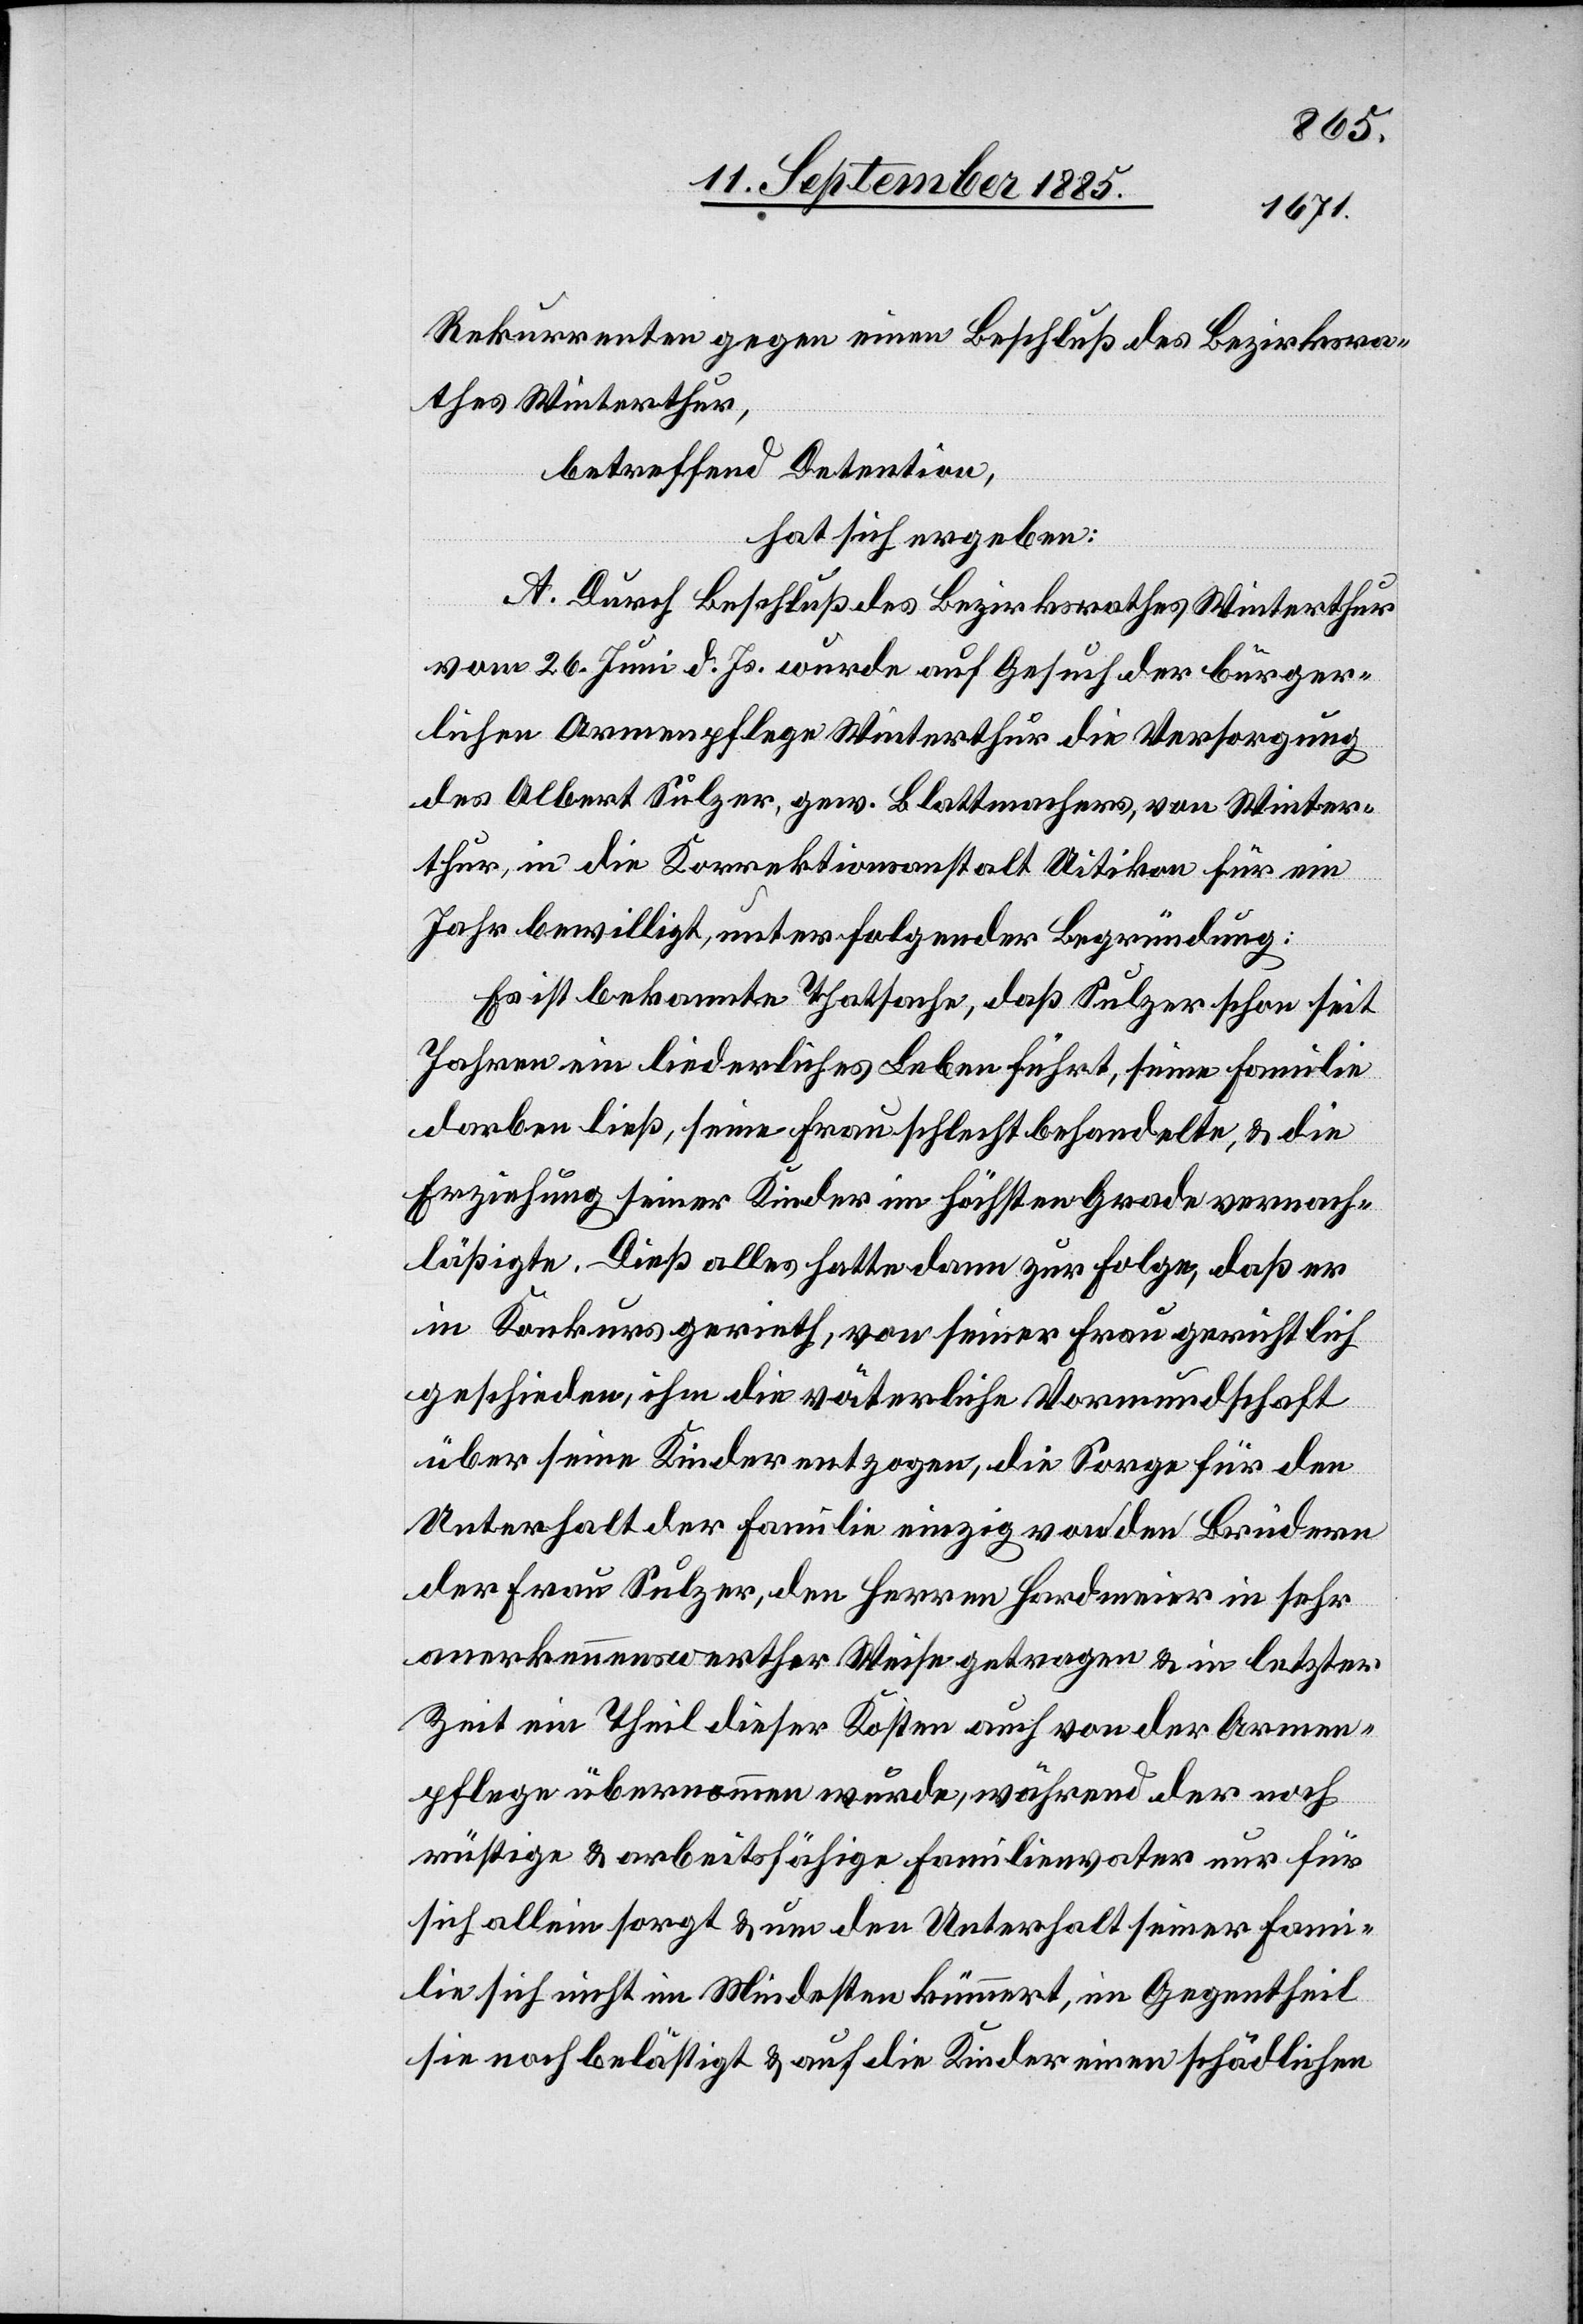
Rekurrenten gegen einen Beschluß des Bezirksra¬
thes Winterthurs,
betreffend Detention,
hat sich ergeben:
A. Durch Beschluß des Bezirksrathes Winterthur
vom 26. Juni d. Js. wurde auf Gesuch der bürger¬
lichen Armenpflege Winterthur die Versorgung
des Albert Sulzer, gew. Blattmachers, von Winter¬
thur, in die Korrektionsanstalt Uitikon für ein
Jahr bewilligt, unter folgender Begründung:
Es ist bekannte Thatsache, daß Sulzer schon seit
Jahren ein liederliches Leben führt, seine Familie
darben ließ, seine Frau schlecht behandelte, & die
Erziehung seiner Kinder im höchsten Grade vernach¬
läßigte. Dieß alles hatte dann zur Folge, daß er
in Konkurs gerieth, von seiner Frau gerichtlich
geschieden, ihm die väterliche Vormundschaft
über seine Kinder entzogen, die Sorge für den
Unterhalt der Familie einzig von den Brüdern
der Frau Sulzer, den Herren Hardmeier in sehr
anerkennenswerther Weise getragen & in letzter
Zeit ein Theil dieser Kosten auch von der Armen¬
pflege übernommen wurde, während der noch
rüstige & arbeitsfähige Familienvater nur für
sich allein sorgt & um den Unterhalt seiner Fami¬
lie sich nicht im Mindesten kümmert, im Gegentheil
sie noch belästigt & auf die Kinder einen schädlichen